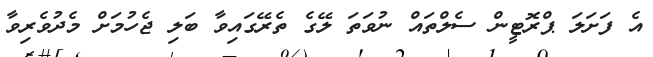
އެ ފަށަލަ ޕްރޮޓީން ސެލްތައް ނުވަތަ ލޭގެ ތެރޭގައިވާ ބަލި ޖެހުމަށް މެދުވެރިވާ